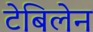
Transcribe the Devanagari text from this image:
टेबिलेन